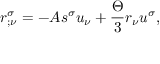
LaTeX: r _ { ; \nu } ^ { \sigma } = - A s ^ { \sigma } u _ { \nu } + \frac { \Theta } { 3 } r _ { \nu } u ^ { \sigma } ,